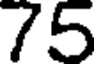
75